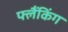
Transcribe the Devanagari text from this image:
फ्लैंकिंग